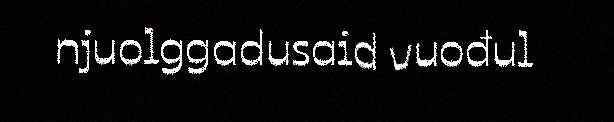
njuolggadusaid vuođul